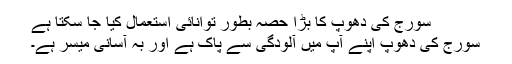
سورج کی دھوپ کا بڑا حصہ بطور توانائی استعمال کیا جا سکتا ہے
سورج کی دھوپ اپنے آپ میں آلودگی سے پاک ہے اور بہ آسانی میسر ہے۔